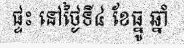
ផ្ទះ នៅថ្ងៃទី៤ ខែធ្នូ ឆ្នាំ